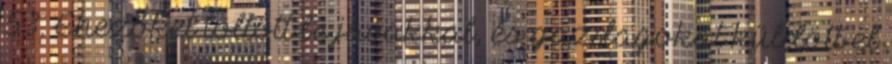
53. Éhezőket töltött be javakkal, és gazdagokat küldött el